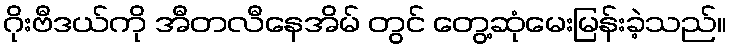
ဂိုးဗီဒယ်ကို အီတလီနေအိမ် တွင် တွေ့ဆုံမေးမြန်းခဲ့သည်။